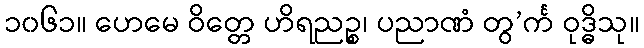
၁၀၆၁။ ဟေမေ ဝိတ္တေ ဟိရညဉ္စ၊ ပညာဏံ တွ’င်္က ဝုဒ္ဓိသု။